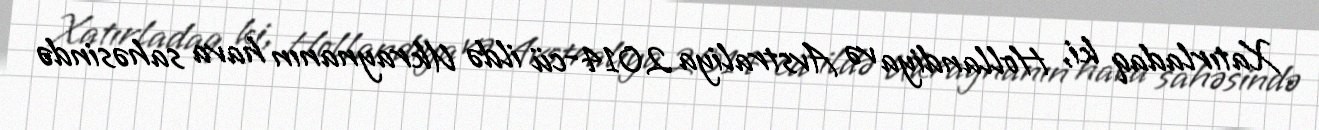
Xatırladaq ki, Hollandiya və Avstraliya 2014-cü ildə Ukraynanın hava sahəsində